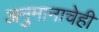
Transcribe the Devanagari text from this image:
अनुमानाचेही